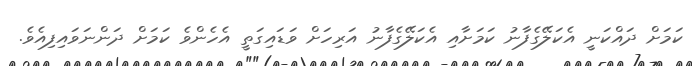
ކަމަށް ދައްކަނީ އެކަލޭގެފާނު ކަމަށާއި އެކަލޭގެފާނު އަރިހަށް ވަޑައިގަތީ އެހެންވެ ކަމަށް ދަންނަވައިފިއެވެ.